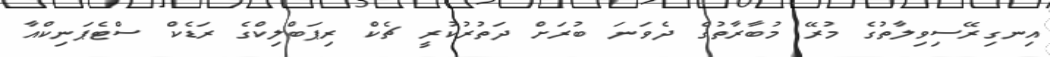
އިނގިރޭސިވިލާތުގެ މުރޭ މުބާރާތުގެ ދެވަނަ ބުރަށް ދަތުރުކުރީ ޗެކް ރިޕަބްލިކްގެ ރަޑެކް ސްޓެޕަނިކްއާ